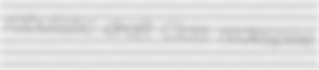
rabulistic draft Clois redespise